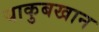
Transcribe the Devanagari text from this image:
याकुबखान